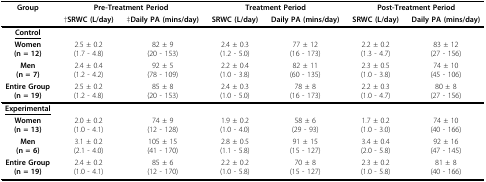
<table><thead><tr><td><b>Group</b></td><td colspan="2"><b>Pre-Treatment Period</b></td><td colspan="2"><b>Treatment Period</b></td><td colspan="2"><b>Post-Treatment Period</b></td></tr><tr><td></td><td><b>†SRWC (L/day)</b></td><td><b>‡Daily PA (mins/day)</b></td><td><b>SRWC (L/day)</b></td><td><b>Daily PA (mins/day)</b></td><td><b>SRWC (L/day)</b></td><td><b>Daily PA (mins/day)</b></td></tr></thead><tbody><tr><td><b><underline>Control</underline></b></td><td></td><td></td><td></td><td></td><td></td><td></td></tr><tr><td><b>Women</b><b>(n = 12)</b></td><td>2.5 ± 0.2(1.7 - 4.8)</td><td>82 ± 9(20 - 153)</td><td>2.4 ± 0.3(1.2 - 5.0)</td><td>77 ± 12(16 - 173)</td><td>2.2 ± 0.2(1.3 - 4.7)</td><td>83 ± 12(27 - 156)</td></tr><tr><td><b>Men</b><b>(n = 7)</b></td><td>2.4 ± 0.4(1.2 - 4.2)</td><td>92 ± 5(78 - 109)</td><td>2.2 ± 0.4(1.0 - 3.8)</td><td>82 ± 11(60 - 135)</td><td>2.3 ± 0.5(1.0 - 3.8)</td><td>74 ± 10(45 - 106)</td></tr><tr><td><b>Entire Group</b><b>(n = 19)</b></td><td>2.5 ± 0.2(1.2 - 4.8)</td><td>85 ± 8(20 - 153)</td><td>2.4 ± 0.3(1.0 - 5.0)</td><td>78 ± 8(16 - 173)</td><td>2.2 ± 0.3(1.0 - 4.7)</td><td>80 ± 8(27 - 156)</td></tr><tr><td><b><underline>Experimental</underline></b></td><td></td><td></td><td></td><td></td><td></td><td></td></tr><tr><td><b>Women</b><b>(n = 13)</b></td><td>2.0 ± 0.2(1.0 - 4.1)</td><td>74 ± 9(12 - 128)</td><td>1.9 ± 0.2(1.0 - 4.0)</td><td>58 ± 6(29 - 93)</td><td>1.7 ± 0.2(1.0 - 3.0)</td><td>74 ± 10(40 - 166)</td></tr><tr><td><b>Men</b><b>(n = 6)</b></td><td>3.1 ± 0.2(2.1 - 4.0)</td><td>105 ± 15(41 - 170)</td><td>2.8 ± 0.5(1.1 - 5.8)</td><td>91 ± 15(15 - 127)</td><td>3.4 ± 0.4(2.0 - 5.8)</td><td>92 ± 16(47 - 145)</td></tr><tr><td><b>Entire Group</b><b>(n = 19)</b></td><td>2.4 ± 0.2(1.0 - 4.1)</td><td>85 ± 6(12 - 170)</td><td>2.2 ± 0.2(1.0 - 5.8)</td><td>70 ± 8(15 - 127)</td><td>2.3 ± 0.2(1.0 - 5.8)</td><td>81 ± 8(40 - 166)</td></tr></tbody></table>